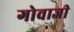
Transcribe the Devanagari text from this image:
गोवाजी